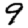
Digit: 9